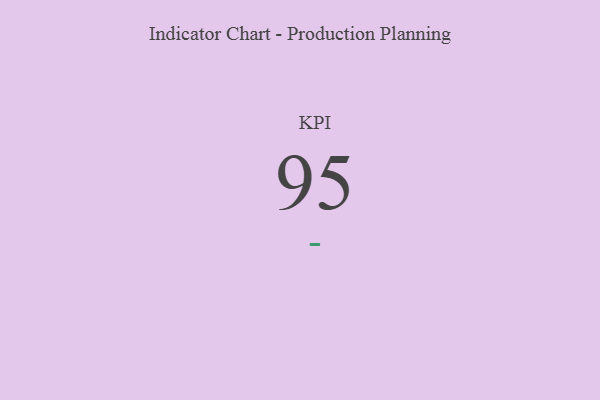
{"axis": {"x": "KPI", "y": "Value"}, "legend": [""], "data": [{"x": "KPI", "y": 95, "type": ""}]}